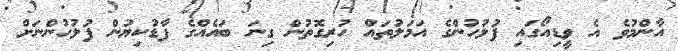
އާންމުވެ އެ ވީޑިއޯގައި ފުލުހުންގެ އަމަލުތައް ހުރިގޮތުން ގިނަ ބައެއްގެ ފާޑުކިޔުން ފުލުހުންނަށް